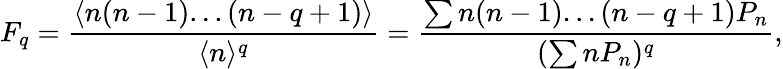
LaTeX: F_{q}=\frac{\langle n(n-1)...(n-q+1)\rangle}{\langle n\rangle^{q}}=\frac{\sum n(n-1)...(n-q+1)P_{n}}{(\sum nP_{n})^{q}},